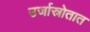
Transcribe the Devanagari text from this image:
उर्जास्रोतात